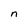
Character: n